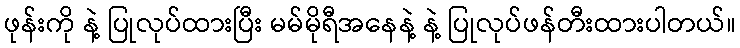
ဖုန်းကို နဲ့ ပြုလုပ်ထားပြီး မမ်မိုရီအနေနဲ့ နဲ့ ပြုလုပ်ဖန်တီးထားပါတယ်။